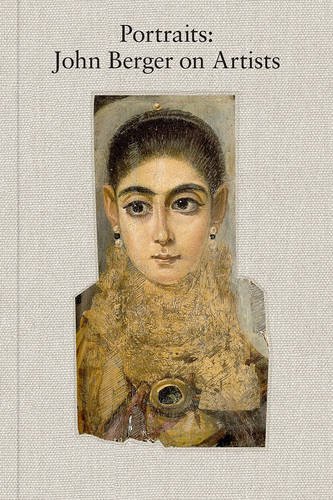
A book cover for Portraits; John Berger; Arts & Photography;